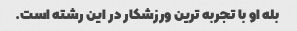
بله او با تجربه ترین ورزشکار در این رشته است.